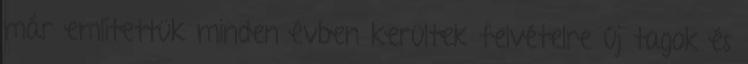
már említettük minden évben kerültek felvételre új tagok és